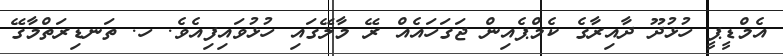
އެމްޑީޕީ ހުޅުދޫ ދާއިރާގެ ކެމްޕެއިން ޖަގަހައެއް ރޭ މާލޭގައި ހުޅުވައިފިއެވެ. ހ. ތަނޑިރަތްމާގޭ